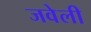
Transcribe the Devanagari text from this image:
जवेली